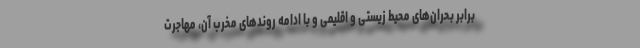
برابر بحران‌های محیط زیستی و اقلیمی و با ادامه روندهای مخرب آن، مهاجرت